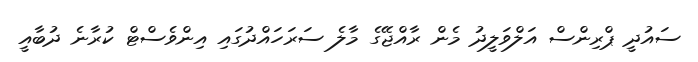
ސައުދީ ޕްރިންސް އަލްވަލީދު މެން ރާއްޖޭގެ މާލެ ސަރަހައްދުގައި އިންވެސްޓް ކުރާނެ ދުބާއީ